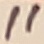
Text: 11